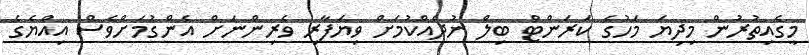
މީގެއިތުރުން މިދިޔަ މަހުގެ ކަރަންޓް ބިލް ނުދެއްކުމަށް ވިޔަފާރި ވެރިންނަށް އެންގުމަށްވެސް އިއްޔެެގެ